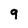
Character: 9